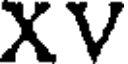
XV